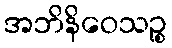
အဘိနိဝေသဉ္စ